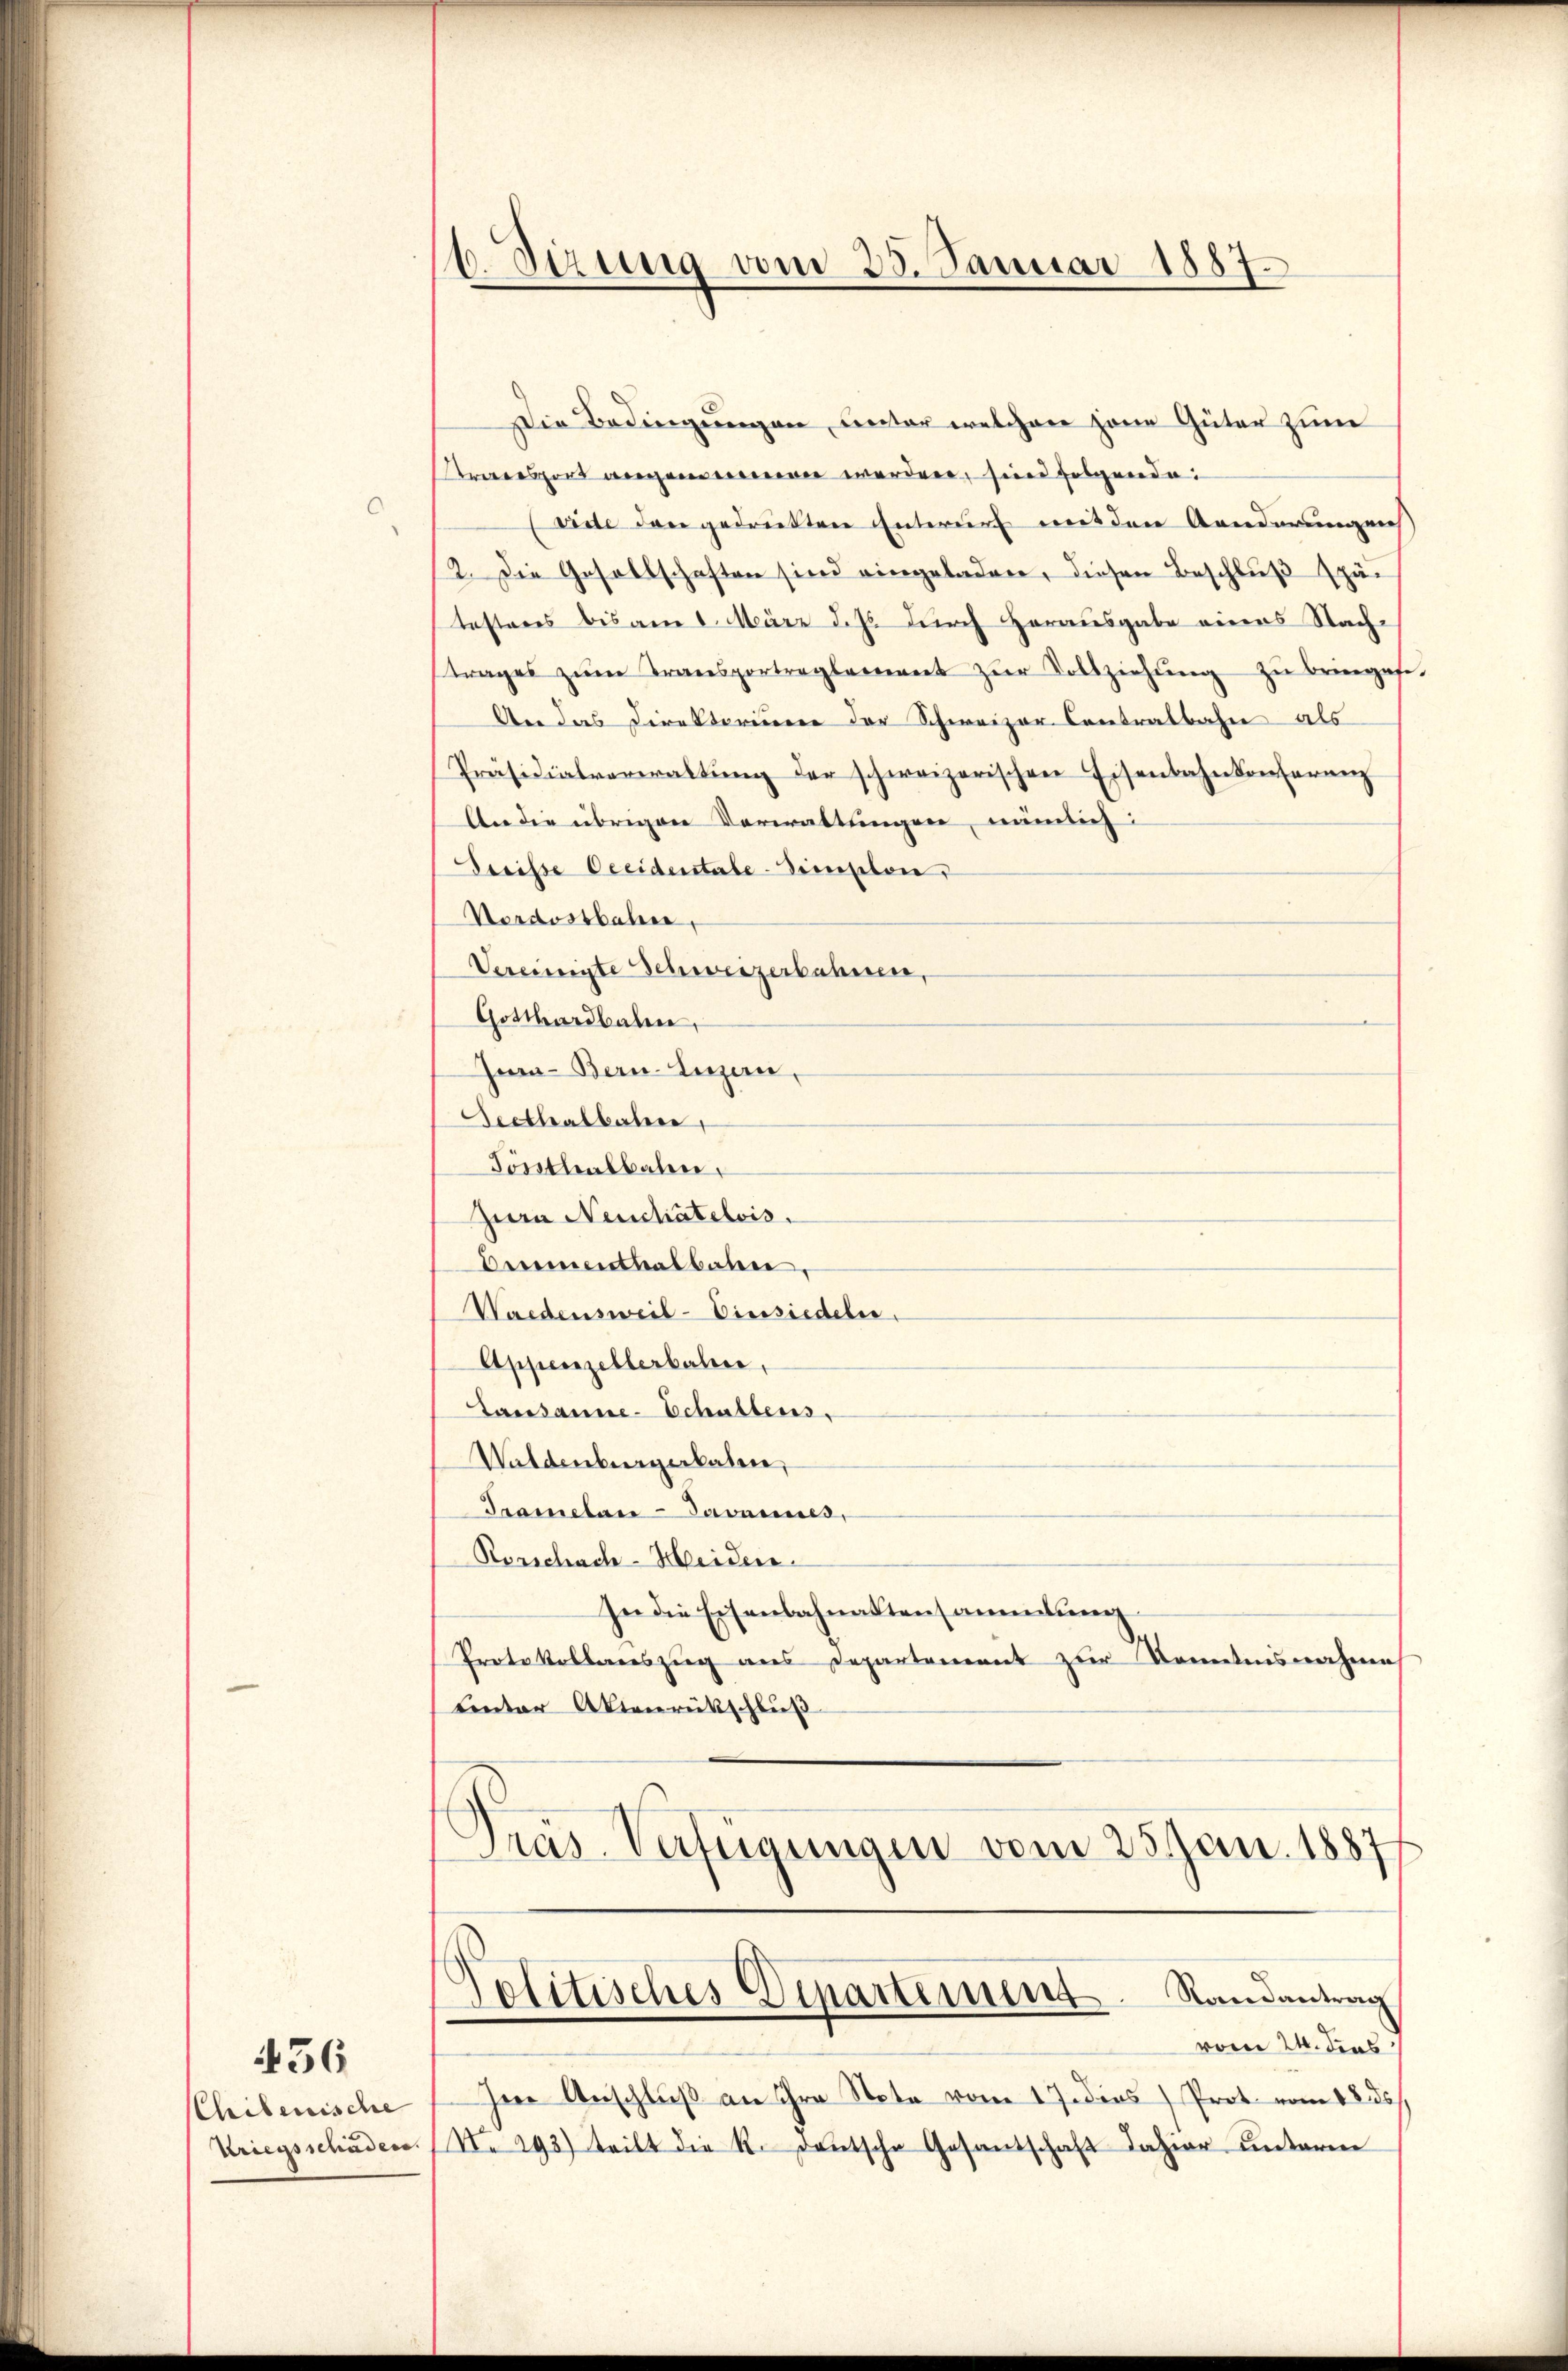
436

Chibenische
Kriegsschäden.

6.Sizung vom 25. Januar 1887.

Die Bedingungen, unter welchen jene Güter zum
transport angen werden, sind folgende
vide den gedrückten Entwurf mit den Aenderungen
2. Die Gesellschaften sind eingeladen, diesen Beschluß spä
testeres bis am 8. März d. Js. durch Herausgabe eines Stachtrages zŭm Transportreglement zŭr Vollziehŭng zŭ bringese
An das Direktorieren der Schweizer Contralbahn als
Präsidialverwaltŭng der schweizerischen Eisenbahnkonferenz
An die übrigen Verwaltungen, nämlich
Dreisse beeidentele-Simplon,
Nordostbahne,
Vereinigte Schweizerbahnen,
Gotthardbalen,
In- Bern Luzern,
Seethalbahre
Töntleabbalen,
Zurn Neuchâtelois.
Bereinenthalbahne,
Waedensweil–Einsiedeln.
Appenzellerbahre,
Lausanne-Schattens,
Waldenbergerkalen,
Tramelan-Javannes,
Rorschach-Heiden.
In die Eisenbahnaktens anmelden
Protokollareszug aus Departement zur Kenntnisnahme
Lnter Aktenrückschluß
Pras-Verfügungen vom 25. Jan. 1887

Politisches Departement. Randantrag

vom 24. dies
Im Anschlŭβ an ihre Note vom 17. dies Prot. vom 18. ds.
No 293) teilt die K. Deutsche Gesantschaft dahier unterm